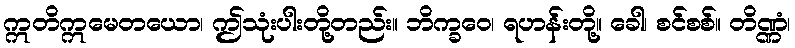
ဣတိဣမေတယော၊ ဤသုံးပါးတို့တည်း။ ဘိက္ခဝေ၊ ရဟန်းတို့။ ခေါ၊ စင်စစ်။ တိဏ္ဏံ၊